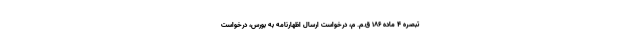
تبصره ۴ ماده ۱۸۶ ق.م. م، درخواست ارسال اظهارنامه به بورس، درخواست